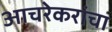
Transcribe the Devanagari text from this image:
आचरेकरांचा